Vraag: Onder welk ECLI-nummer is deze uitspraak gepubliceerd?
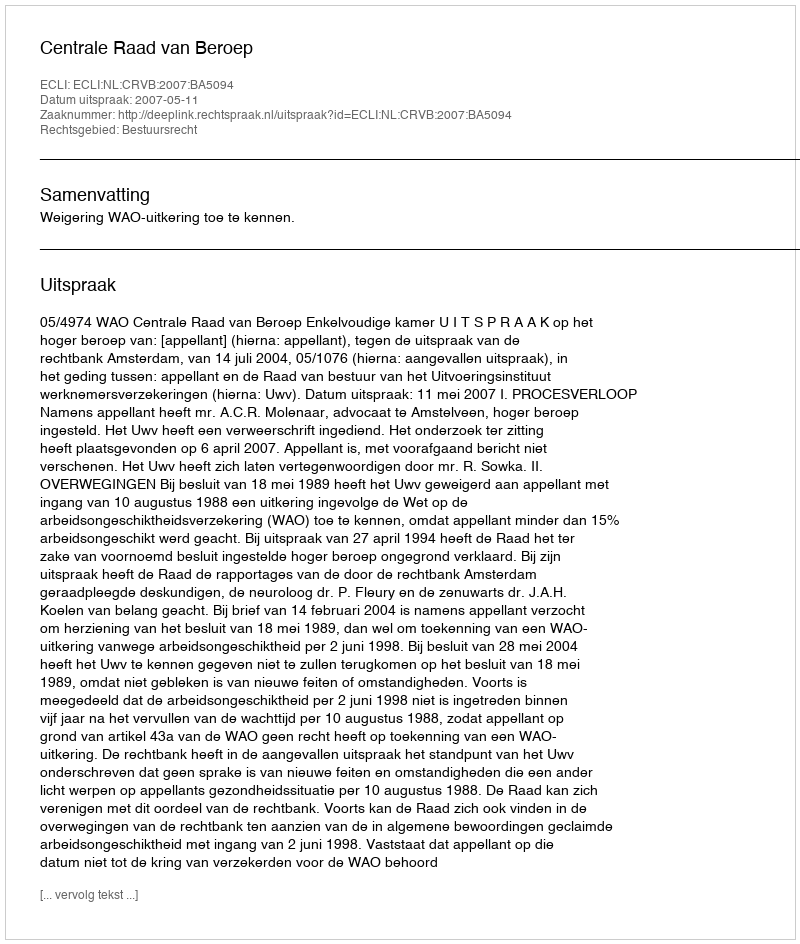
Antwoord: ECLI:NL:CRVB:2007:BA5094